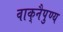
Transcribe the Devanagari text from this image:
वाक्‌नैपुण्य